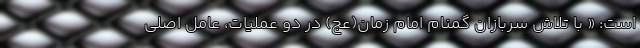
است: « با تلاش سربازان گمنام امام زمان(عج) در دو عملیات، عامل اصلی